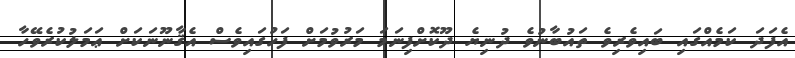
އެފަދަ ކަމެއްގައި ބައިވެރިވެ ތައުބާނުވެ ދުނިޔެ ދޫކޮށްފިނަމަ މަރުވުމަށް ފަހުގައިވެސް އެޤާނޫނަކަށް ޢަމަލުކުރެވޭހާ